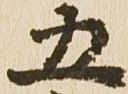
五